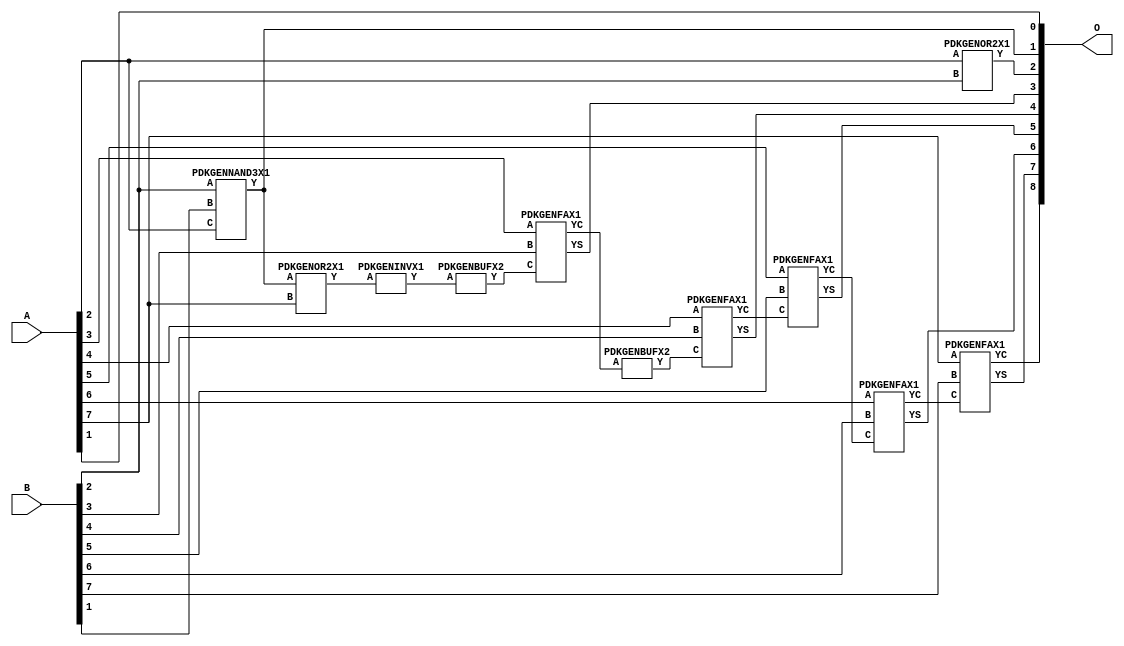
// Library = EvoApprox8b
// Circuit = add8_024
// Area   (180) = 764
// Delay  (180) = 1.460
// Power  (180) = 230.60
// Area   (45) = 58
// Delay  (45) = 0.570
// Power  (45) = 22.32
// Nodes = 11
// HD = 142592
// MAE = 1.79688
// MSE = 6.75000
// MRE = 0.89 %
// WCE = 9
// WCRE = 200 %
// EP = 78.9 %

module add8_024(A, B, O);
  input [7:0] A;
  input [7:0] B;
  output [8:0] O;
  wire [2031:0] N;

  assign N[0] = A[0];
  assign N[1] = A[0];
  assign N[2] = A[1];
  assign N[3] = A[1];
  assign N[4] = A[2];
  assign N[5] = A[2];
  assign N[6] = A[3];
  assign N[7] = A[3];
  assign N[8] = A[4];
  assign N[9] = A[4];
  assign N[10] = A[5];
  assign N[11] = A[5];
  assign N[12] = A[6];
  assign N[13] = A[6];
  assign N[14] = A[7];
  assign N[15] = A[7];
  assign N[16] = B[0];
  assign N[17] = B[0];
  assign N[18] = B[1];
  assign N[19] = B[1];
  assign N[20] = B[2];
  assign N[21] = B[2];
  assign N[22] = B[3];
  assign N[23] = B[3];
  assign N[24] = B[4];
  assign N[25] = B[4];
  assign N[26] = B[5];
  assign N[27] = B[5];
  assign N[28] = B[6];
  assign N[29] = B[6];
  assign N[30] = B[7];
  assign N[31] = B[7];

  PDKGENNAND3X1 n40(.A(N[20]), .B(N[18]), .C(N[4]), .Y(N[40]));
  assign N[41] = N[40];
  PDKGENOR2X1 n44(.A(N[40]), .B(N[14]), .Y(N[44]));
  assign N[45] = N[44];
  PDKGENINVX1 n46(.A(N[45]), .Y(N[46]));
  PDKGENBUFX2 n116(.A(N[46]), .Y(N[116]));
  assign N[117] = N[116];
  PDKGENOR2X1 n132(.A(N[4]), .B(N[20]), .Y(N[132]));
  assign N[133] = N[132];
  PDKGENFAX1 n182(.A(N[6]), .B(N[22]), .C(N[117]), .YS(N[182]), .YC(N[183]));
  PDKGENBUFX2 n220(.A(N[183]), .Y(N[220]));
  assign N[221] = N[220];
  PDKGENFAX1 n232(.A(N[8]), .B(N[24]), .C(N[221]), .YS(N[232]), .YC(N[233]));
  PDKGENFAX1 n282(.A(N[10]), .B(N[26]), .C(N[233]), .YS(N[282]), .YC(N[283]));
  PDKGENFAX1 n332(.A(N[12]), .B(N[28]), .C(N[283]), .YS(N[332]), .YC(N[333]));
  PDKGENFAX1 n382(.A(N[14]), .B(N[30]), .C(N[333]), .YS(N[382]), .YC(N[383]));

  assign O[0] = N[2];
  assign O[1] = N[41];
  assign O[2] = N[133];
  assign O[3] = N[182];
  assign O[4] = N[232];
  assign O[5] = N[282];
  assign O[6] = N[332];
  assign O[7] = N[382];
  assign O[8] = N[383];

endmodule
/* mod */
module PDKGENFAX1( input A, input B, input C, output YS, output YC );
    assign YS = (A ^ B) ^ C;
    assign YC = (A & B) | (B & C) | (A & C);
endmodule
/* mod */
module PDKGENOR2X1(input A, input B, output Y );
     assign Y = A | B;
endmodule
/* mod */
module PDKGENINVX1(input A, output Y );
     assign Y = ~A;
endmodule
/* mod */
module PDKGENNAND3X1(input A, input B, input C, output Y );
     assign Y = ~((A & B) & C);
endmodule
/* mod */
module PDKGENBUFX2(input A, output Y );
     assign Y = A;
endmodule